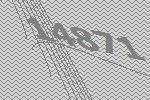
14871